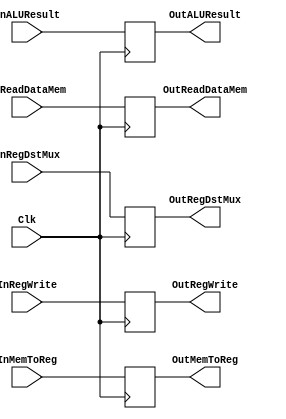
`timescale 1ns / 1ps

///////////////////////////////////////////////////////////////////////////////////////
// ECE369 - Computer Architecture
// 
// Module - MEM_WB_Register.v
// Description - Create a Verilog file for the MEM/WB Register of the pipelined version
///////////////////////////////////////////////////////////////////////////////////////

module MEM_WB_Register(Clk,
                       InRegWrite, OutRegWrite, InMemToReg, OutMemToReg,
                       InReadDataMem, OutReadDataMem,
                       InALUResult, OutALUResult,
                       InRegDstMux, OutRegDstMux);
    input Clk, InRegWrite, InMemToReg;
    input [31:0] InALUResult, InReadDataMem;
    input [4:0] InRegDstMux;

    output reg  OutRegWrite, OutMemToReg;
    output reg [31:0] OutALUResult, OutReadDataMem;
    output reg [4:0] OutRegDstMux;

    initial begin
        OutRegWrite <= 0;
        OutMemToReg <= 0;
        OutALUResult <= 0;
        OutReadDataMem <= 0;
        OutRegDstMux <= 0;
    end

    always @(posedge Clk) begin
        OutRegWrite <= InRegWrite;
        OutMemToReg <= InMemToReg;
        OutALUResult <= InALUResult;
        OutReadDataMem <= InReadDataMem;
        OutRegDstMux <= InRegDstMux; 
    end
endmodule